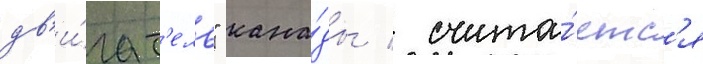
дв'и́гат'ель" кана́ды / счита́етс'я